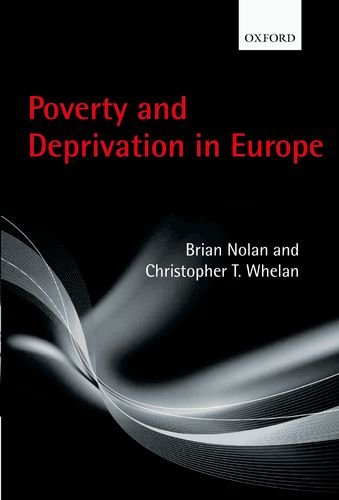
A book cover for Poverty and Deprivation in Europe; Brian Nolan; Business & Money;